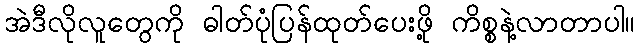
အဲဒီလိုလူတွေကို ဓါတ်ပုံပြန်ထုတ်ပေးဖို့ ကိစ္စနဲ့လာတာပါ။